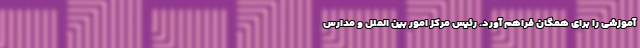
آموزشی را برای همگان فراهم آورد. رئیس مرکز امور بین الملل و مدارس